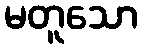
မတူသော